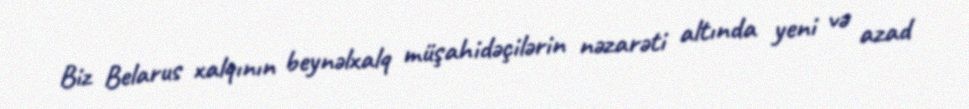
Biz Belarus xalqının beynəlxalq müşahidəçilərin nəzarəti altında yeni və azad